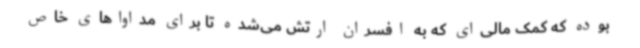
بوده که کمک مالی‌ای که به افسران ارتش می‌شده تا برای مداواهای خاص